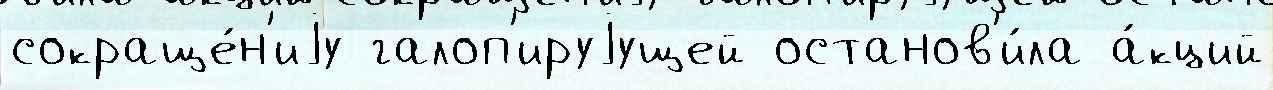
сокраще́н'иjу галоп'ируjущей останов'и́ла а́кций